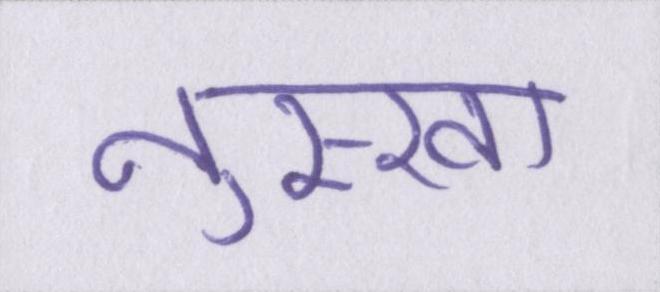
नुस्खा